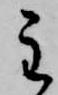
主